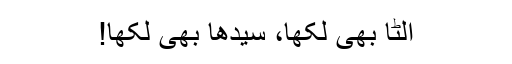
اُلٹا بھی لکھا، سیدھا بھی لکھا!